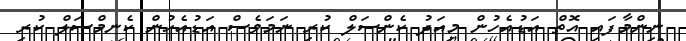
ނިންމާފައި އޮތް އަޑުއެހުން މިއަދު ކެންސަލް ކުރި ނަމަވެސް އަޑުއެހުން ކެނމްސަލް ކުރި